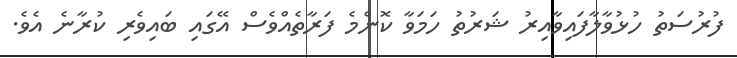
ފުރުސަތު ހުޅުވާލާފައިވާއިރު ޝަރުތު ހަމަވާ ކޮންމެ ފަރާތެއްވެސް އޭގައި ބައިވެރި ކުރާނެ އެވެ.